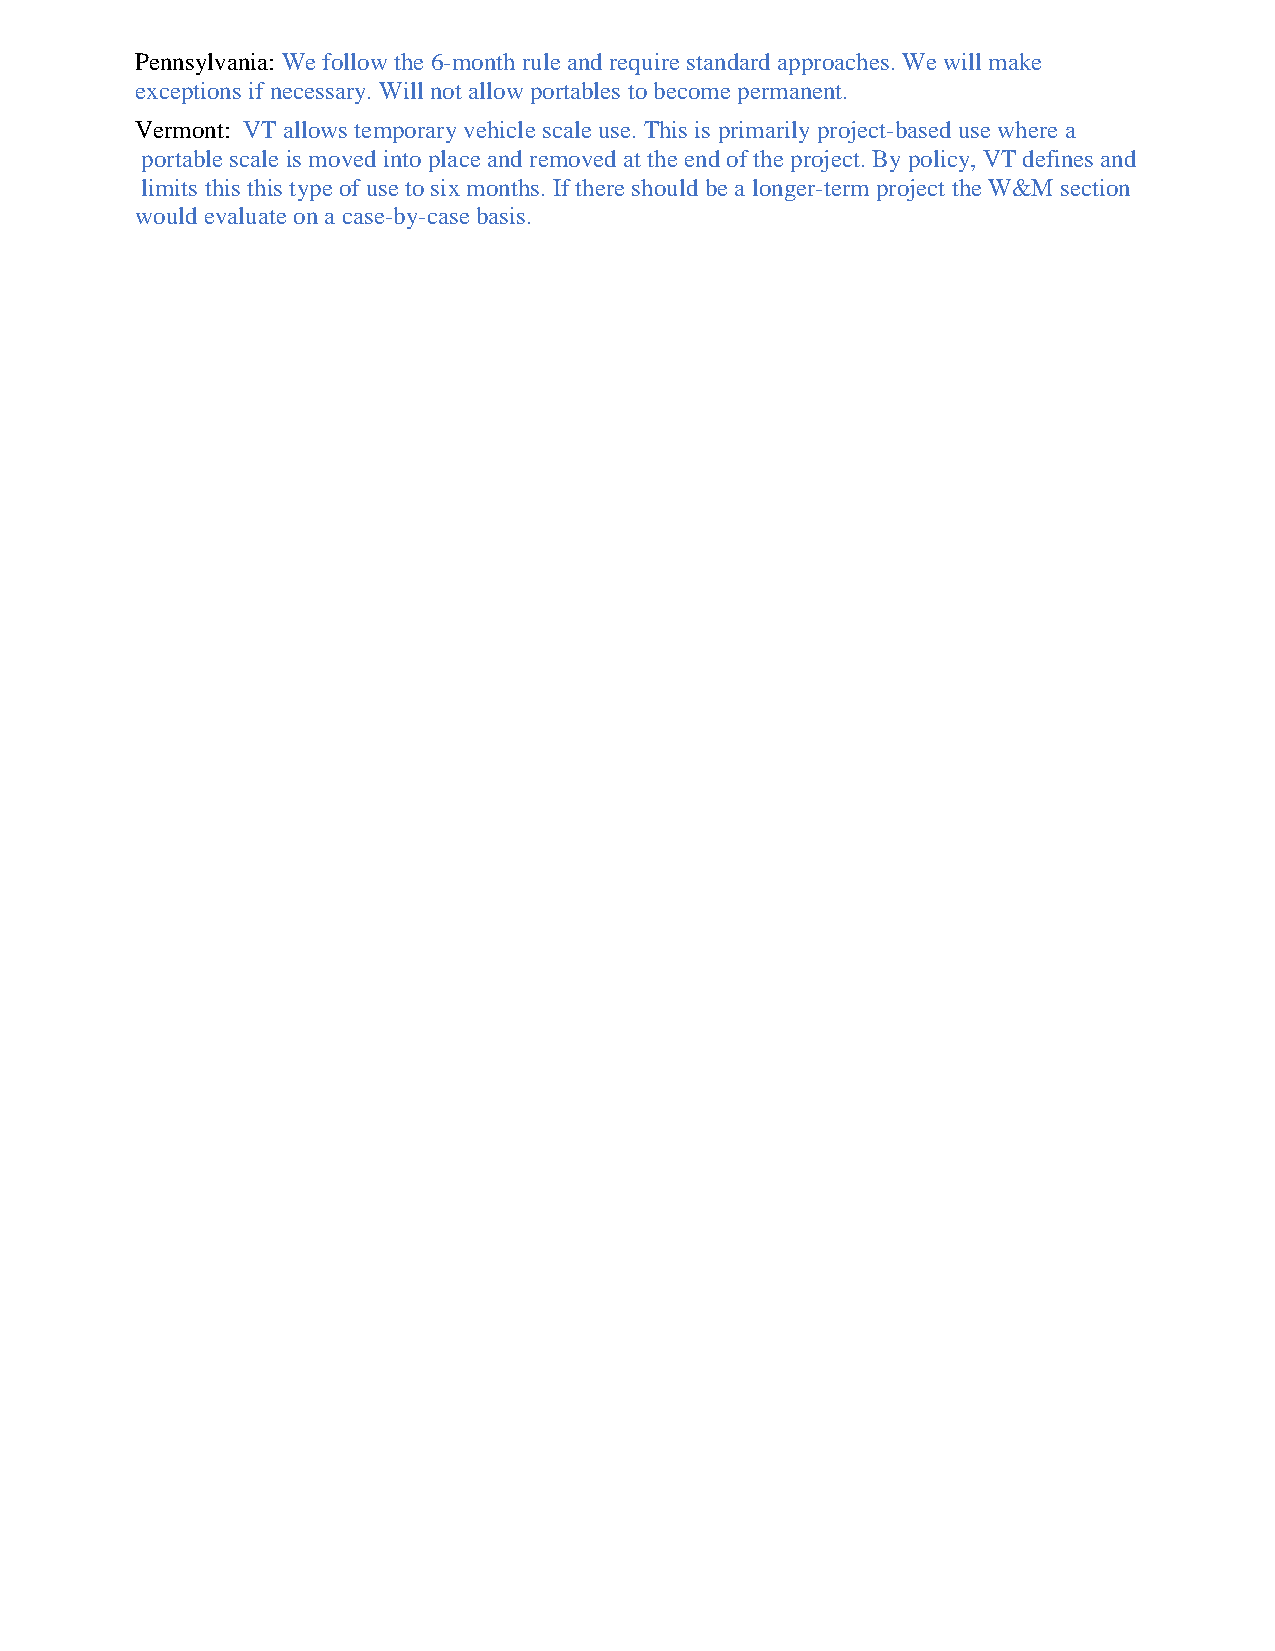
Pennsylvania: We follow the 6-month rule and require standard approaches. We will make
 exceptions if necessary. Will not allow portables to become permanent.
 Vermont: VT allows temporary vehicle scale use. This is primarily project-based use where a
 portable scale is moved into place and removed at the end of the project. By policy, VT defines and
 limits this this type of use to six months. If there should be a longer-term project the W&M section
 would evaluate on a case-by-case basis.